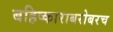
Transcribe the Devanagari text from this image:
बहिष्काराबरोबरच